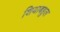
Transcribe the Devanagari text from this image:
शियाबहुल